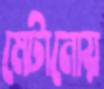
মেটানোয়